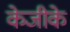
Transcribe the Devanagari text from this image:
केजीके